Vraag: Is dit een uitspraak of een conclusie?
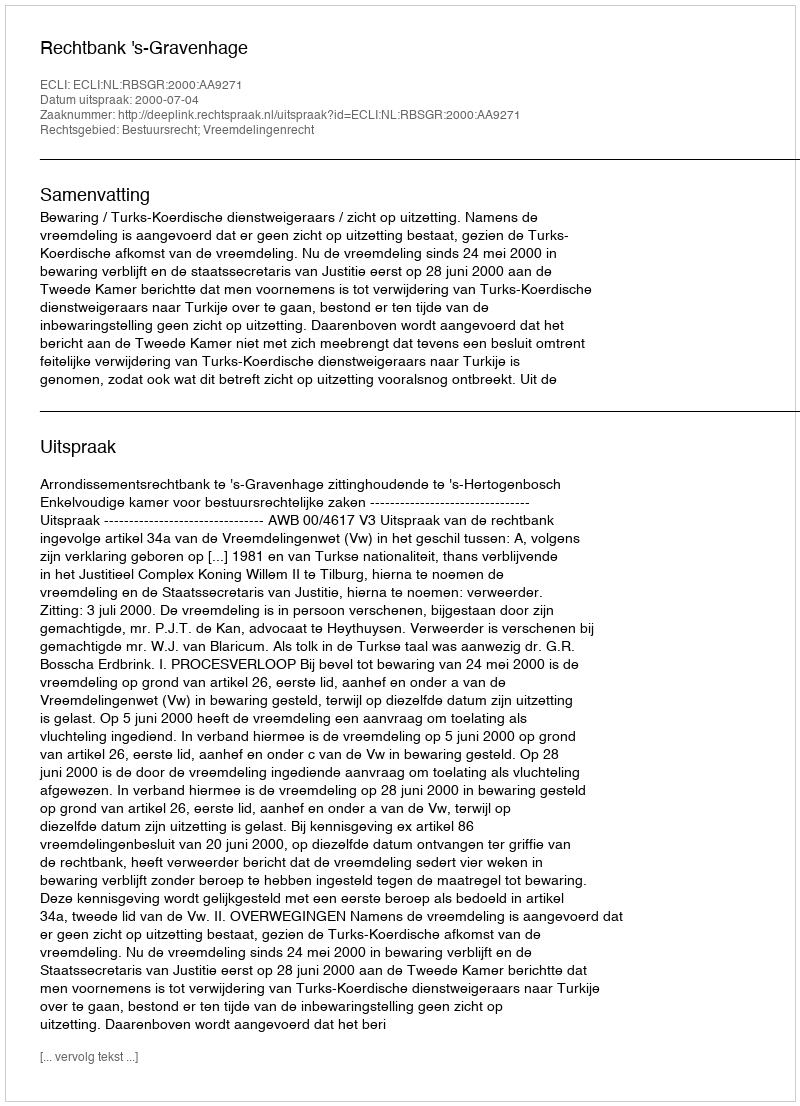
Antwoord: Uitspraak